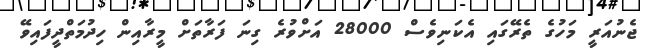
ޖެނުއަރީ މަހުގެ ތެރޭގައި އެކަނިވެސް 28000 އަށްވުރެ ގިނަ ފަރާތަށް މީރާއިން ހިދުމަތްދީފައިވޭ